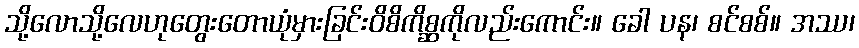
သို့လောသို့လေဟုတွေးတောယုံမှားခြင်းဝိစိကိစ္ဆကိုလည်းကောင်း။ ခေါ ပန၊ စင်စစ်။ အဿ၊